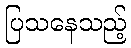
ပြသနေသည့်